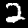
Digit: 2